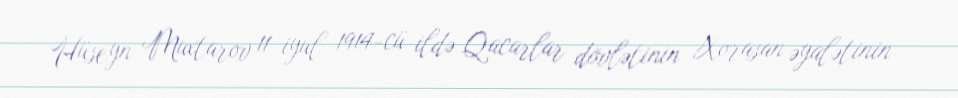
Hüseyn Muxtarov 11 iyul 1914-cü ildə Qacarlar dövlətinin Xorasan əyalətinin